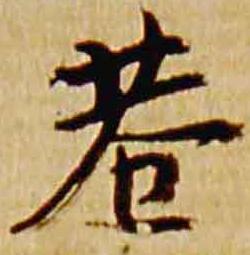
巷